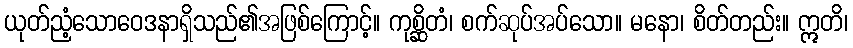
ယုတ်ညံ့သောဝေဒနာရှိသည်၏အဖြစ်ကြောင့်။ ကုစ္ဆိတံ၊ စက်ဆုပ်အပ်သော။ မနော၊ စိတ်တည်း။ ဣတိ၊